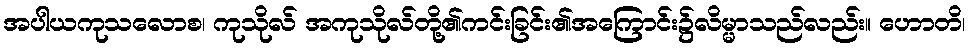
အပါယကုသလောစ၊ ကုသိုလ် အကုသိုလ်တို့၏ကင်းခြင်း၏အကြောင်း၌လိမ္မာသည်လည်း။ ဟောတိ၊